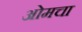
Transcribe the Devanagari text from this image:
ओमचा